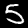
Label: 5